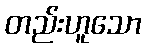
တည်းဟူသော